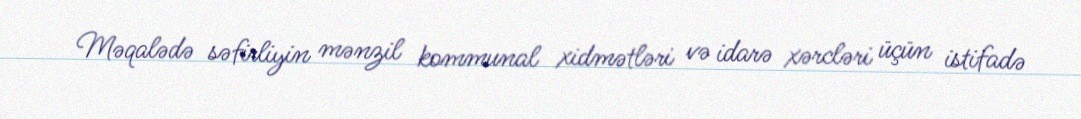
Məqalədə səfirliyin mənzil kommunal xidmətləri və idarə xərcləri üçün istifadə